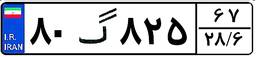
۸۰گ۸۲۵۶۷